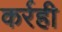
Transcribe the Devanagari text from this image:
कर्रही